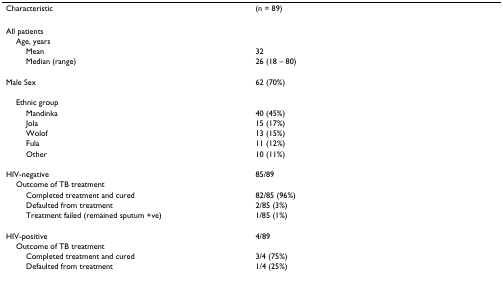
<table><thead><tr><td><b>Characteristic</b></td><td><b>(n = 89)</b></td></tr></thead><tbody><tr><td>All patients</td><td></td></tr><tr><td> Age, years</td><td></td></tr><tr><td>Mean</td><td>32</td></tr><tr><td>Median (range)</td><td>26 (18 – 80)</td></tr><tr><td>Male Sex</td><td>62 (70%)</td></tr><tr><td> Ethnic group</td><td></td></tr><tr><td>Mandinka</td><td>40 (45%)</td></tr><tr><td>Jola</td><td>15 (17%)</td></tr><tr><td>Wolof</td><td>13 (15%)</td></tr><tr><td>Fula</td><td>11 (12%)</td></tr><tr><td>Other</td><td>10 (11%)</td></tr><tr><td>HIV-negative</td><td>85/89</td></tr><tr><td> Outcome of TB treatment</td><td></td></tr><tr><td>Completed treatment and cured</td><td>82/85 (96%)</td></tr><tr><td>Defaulted from treatment</td><td>2/85 (3%)</td></tr><tr><td>Treatment failed (remained sputum +ve)</td><td>1/85 (1%)</td></tr><tr><td>HIV-positive</td><td>4/89</td></tr><tr><td> Outcome of TB treatment</td><td></td></tr><tr><td>Completed treatment and cured</td><td>3/4 (75%)</td></tr><tr><td>Defaulted from treatment</td><td>1/4 (25%)</td></tr></tbody></table>